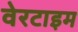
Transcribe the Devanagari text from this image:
वेरटाइम